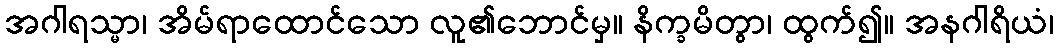
အဂါရသ္မာ၊ အိမ်ရာထောင်သော လူ၏ဘောင်မှ။ နိက္ခမိတွာ၊ ထွက်၍။ အနဂါရိယံ၊